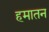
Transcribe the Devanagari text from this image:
हमातन